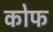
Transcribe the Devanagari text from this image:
कोफ